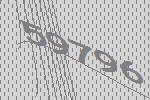
59796